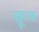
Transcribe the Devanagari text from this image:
क़्रूज